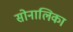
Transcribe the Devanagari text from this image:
सोनालिका